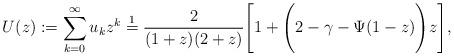
LaTeX: \begin{align*}U(z) : = \sum_{k=0}^{\infty}u_k z^k \stackrel{1}{=} \frac{2}{(1+z)(2+z)} \Bigg[ 1 + \Bigg(2 - \gamma - \Psi(1-z)\Bigg) z\Bigg],\end{align*}